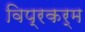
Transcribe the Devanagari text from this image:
विप्रकर्म